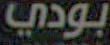
بودي